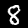
Label: 8